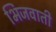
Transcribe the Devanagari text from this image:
भिजवाती